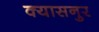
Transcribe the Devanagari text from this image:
क्यासनुर